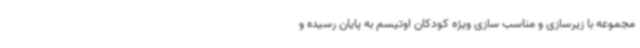
مجموعه با زیرسازی و مناسب سازی ویژه کودکان اوتیسم به پایان رسیده و